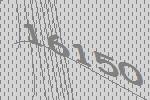
16150